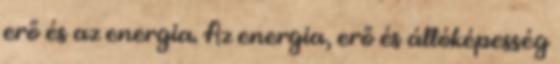
erő és az energia. Az energia, erő és állóképesség